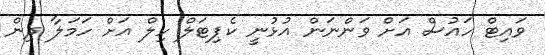
ވައިޓް ހައުސް އަށް ވަންނަން އުޅުނީ ކެޕިޓަލް ހިލް އަށް ހަމަލާ ދިން